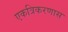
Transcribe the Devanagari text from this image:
एकत्रिकरणास